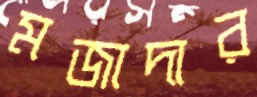
মজাদার